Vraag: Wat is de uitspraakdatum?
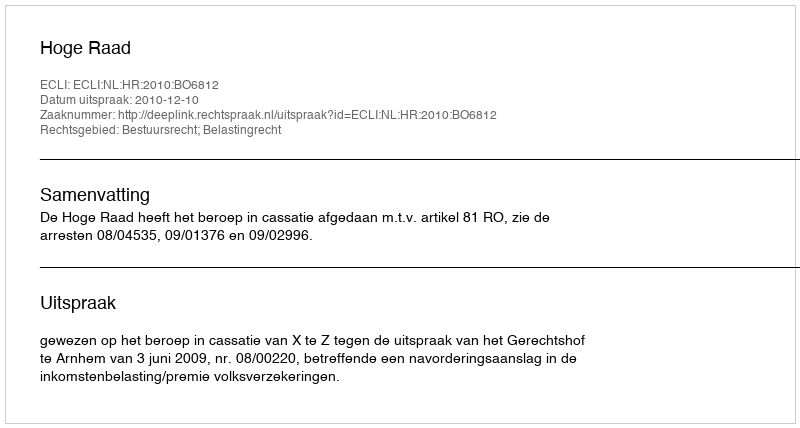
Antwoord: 2010-12-10